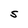
Character: S